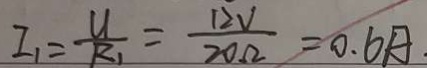
I _ { 1 } = \frac { U } { R _ { 1 } } = \frac { 1 2 V } { 2 0 \Omega } = 0 . 6 A .